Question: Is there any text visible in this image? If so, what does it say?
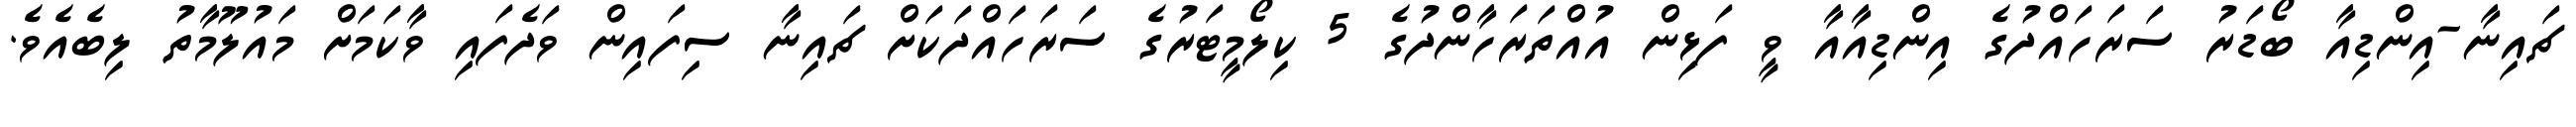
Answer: ޗައިނާ-އިންޑިއާ ބޯޑަރު ސަރަހައްދުގެ އިންޑިއާއާ ވީ ފަޅިން އުއްތަރަހާންދުގެ 5 ކިލޯމީޓަރުގެ ސަރަހައްދަކަށް ޗައިނާ ސިފައިން ވަދެފައި ވާކަމަށް މައުލޫމާތު ލިބެއެވެ.